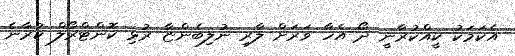
އެކަމަކު ކީއްކުރާނީ ދޯ އެހާ ވަރަށް ލާރި ނުލިބެންޏާ ރުޅި ކޮންޓްރޯލް ކުރާނެ